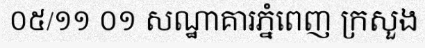
០៥/១១ ០១ សណ្ឋាគារភ្នំពេញ ក្រសួង